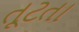
તૂટતા